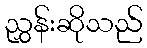
ညွှန်းဆိုသည်